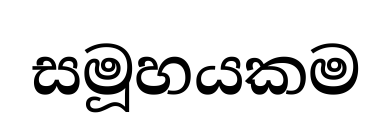
සමූහයකම